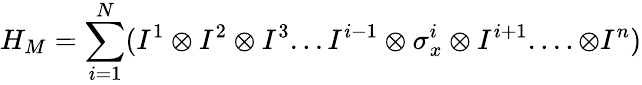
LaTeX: H_{M}=\sum_{i=1}^{N}(I^{1}\otimes I^{2}\otimes I^{3}...I^{i-1}\otimes\sigma_{x}^{i}\otimes I^{i+1}....\otimes I^{n})